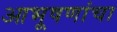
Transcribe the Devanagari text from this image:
आभूषणांचा